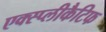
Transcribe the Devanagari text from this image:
एक्स्प्लीकैटिफ